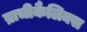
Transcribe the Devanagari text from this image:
ब्राचीकैलिक्स